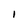
Character: I